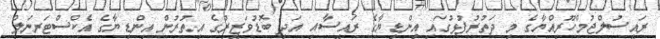
ރައީސުލްޖުމްހޫރިއްޔާގެ މި ދަތުރުފުޅުގައި އިންޑިޔާގެ ރައީސާއި އަދި ބޮޑުވަޒީރުގެ އިތުރުން އިންޑިޔާގެ އެކްސްޓަރނަލް